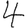
Digit: 4